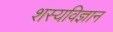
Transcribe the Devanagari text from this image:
शस्यविज्ञान